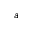
^ { a }